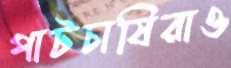
পাটচাষিরাও